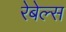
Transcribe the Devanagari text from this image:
रेबेल्स